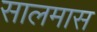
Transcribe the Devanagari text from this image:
सालमास